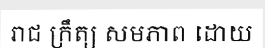
រាជ ក្រឹត្យ សមភាព ដោយ